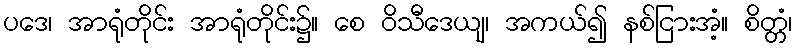
ပဒေ၊ အာရုံတိုင်း အာရုံတိုင်း၌။ စေ ဝိသီဒေယျ၊ အကယ်၍ နစ်ငြားအံ့။ စိတ္တံ၊